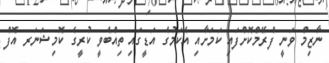
ނާޒިމް ވަނީ ފްރޭމްކޮށްފައި ކަމަށާއި އެކަމުގެ އަޑީގައި ތިއްބެވީ ކުރީގެ ކޮމިޝަނަރ އޮފް